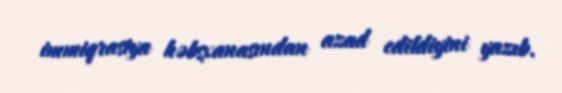
immiqrasiya həbsxanasından azad edildiyini yazıb.